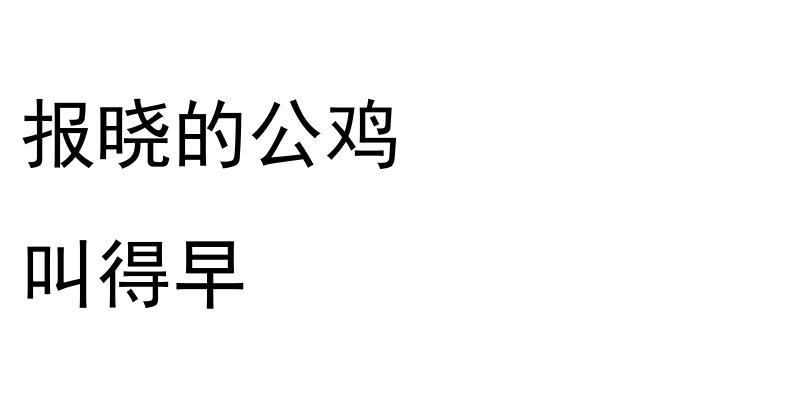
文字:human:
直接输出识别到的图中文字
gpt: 报晓的公鸡 叫得早